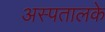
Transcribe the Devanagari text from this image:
अस्पतालके